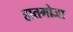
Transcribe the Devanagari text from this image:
हातमोजा